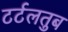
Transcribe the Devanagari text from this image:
टर्टलतुब